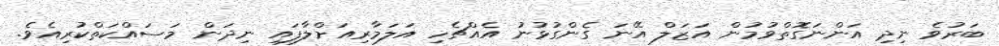
ބަރުވެ ނިދި އަންނަގޮތްވުމުން އަޒަލް އޭނަ ގެންގުޅުނު އެއްޗެހި އަލަމާރިއަށްލާފައި ނިދަން މަސައްކަތްކުރިއެވެ.